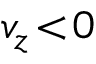
v _ { z } \! < \! 0